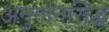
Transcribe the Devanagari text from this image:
अनुमानसिद्ध